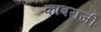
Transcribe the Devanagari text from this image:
काबराजी